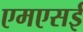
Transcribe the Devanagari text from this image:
एमएसई